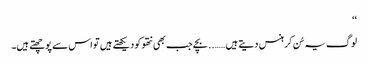
‘‘
لوگ یہ سُن کر ہنس دیتے ہیں…….. بچے جب بھی نتھو کو دیکھتے ہیں تو اس سے پوچھتے ہیں۔